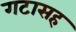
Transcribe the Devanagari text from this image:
गटासह